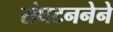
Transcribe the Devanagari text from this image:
संघटननेने